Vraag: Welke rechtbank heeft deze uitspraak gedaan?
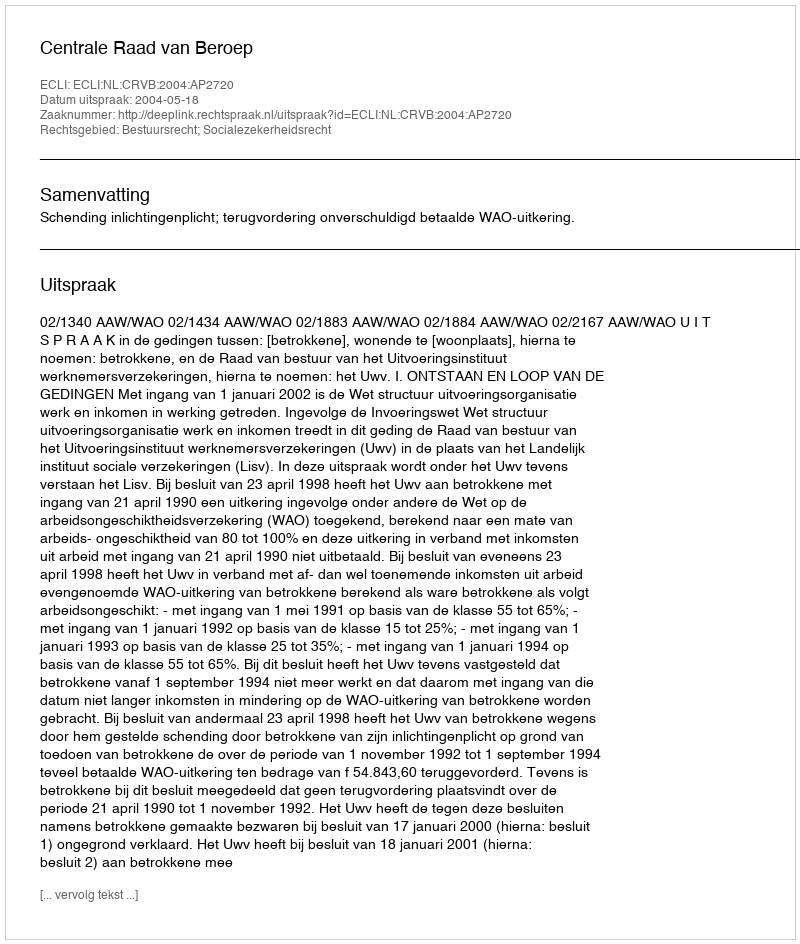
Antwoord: Centrale Raad van Beroep